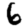
Digit: 6